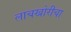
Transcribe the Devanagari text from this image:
लाचखोरीचा